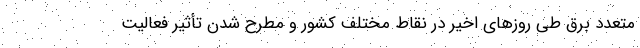
متعدد برق طی روزهای اخیر در نقاط مختلف کشور و مطرح شدن تأثیر فعالیت